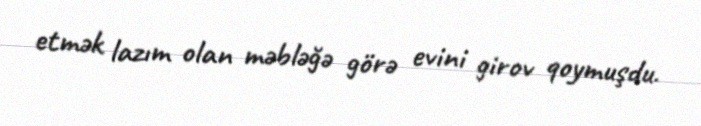
etmək lazım olan məbləğə görə evini girov qoymuşdu.